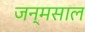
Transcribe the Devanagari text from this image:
जन्मसाल